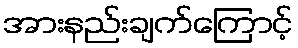
အားနည်းချက်ကြောင့်